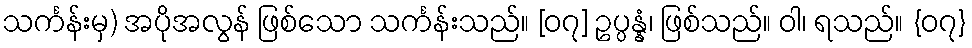
သင်္ကန်းမှ) အပိုအလွန် ဖြစ်သော သင်္ကန်းသည်။ [၀၇] ဥပ္ပန္နံ၊ ဖြစ်သည်။ ဝါ၊ ရသည်။ {၀၇}